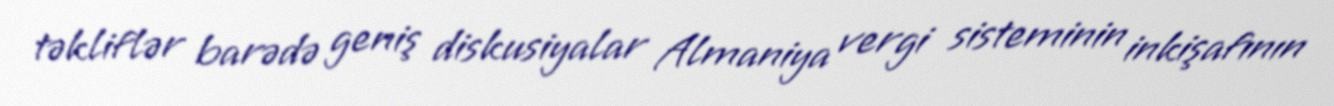
təkliflər barədə geniş diskusiyalar Almaniya vergi sisteminin inkişafının